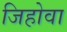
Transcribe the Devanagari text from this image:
जिहोवा